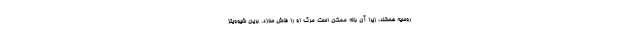
روسیه هستند، زیرا آن باله ممکن است مرگ او را فاش سازد. برین شیوویتز